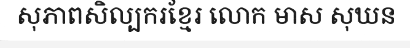
សុភាពសិល្បករខ្មែរ លោក មាស សុឃន